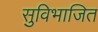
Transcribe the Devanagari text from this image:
सुविभाजित